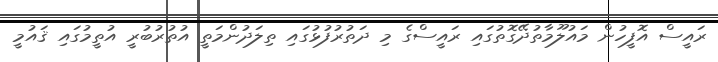
ރައީސް އޮފީހުން މައުލޫމާތުދޭގޮތުގައި ރައީސްގެ މި ދަތުރުފުޅުގައި ތިލަދުންމަތީ އުތުރުބުރީ އުތީމުގައި ޤައުމީ